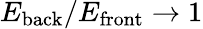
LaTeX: E_{\mathrm{back}}/E_{\mathrm{front}}\rightarrow 1